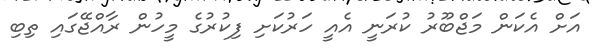
އަށް އެކަން މަޖްބޫރު ކުރަނީ އެއީ ހަރުކަށި ފިކުރުގެ މީހުން ރާއްޖޭގައި ތިބި